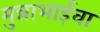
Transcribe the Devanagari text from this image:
मुन्नाभाईचा